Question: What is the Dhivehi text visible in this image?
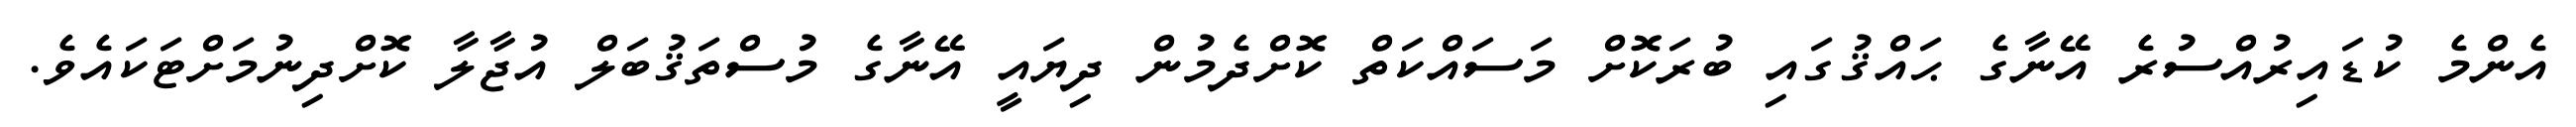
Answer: އެންމެ ކުޑައިރުއްސުރެ އޭނާގެ ޙައްޤުގައި ބުރަކޮށް މަސައްކަތް ކޮށްދެމުން ދިޔައީ އޭނާގެ މުސްތަޤުބަލް އުޖާލާ ކޮށްދިނުމަށްޓަކައެވެ.